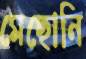
মেছোনি